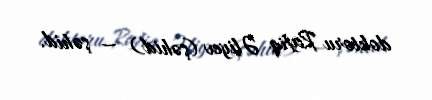
doktoru Rafiq Əliyev (şəhid) — şəhid.